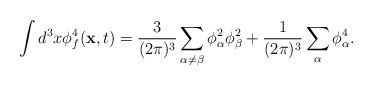
\begin{align*}\int d^3 x \phi_f^4 ({\bf x}, t) =\frac{3}{(2 \pi)^3} \sum_{\alpha \neq \beta}\phi^2_{\alpha} \phi^2_{\beta}+ \frac{1}{(2 \pi)^3} \sum_{\alpha} \phi^4_{\alpha}.\end{align*}